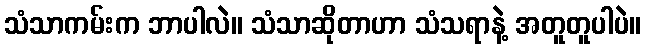
သံသာကမ်းက ဘာပါလဲ။ သံသာဆိုတာဟာ သံသရာနဲ့ အတူတူပါပဲ။